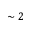
\sim 2